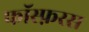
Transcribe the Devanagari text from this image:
फॉस्फ़रस